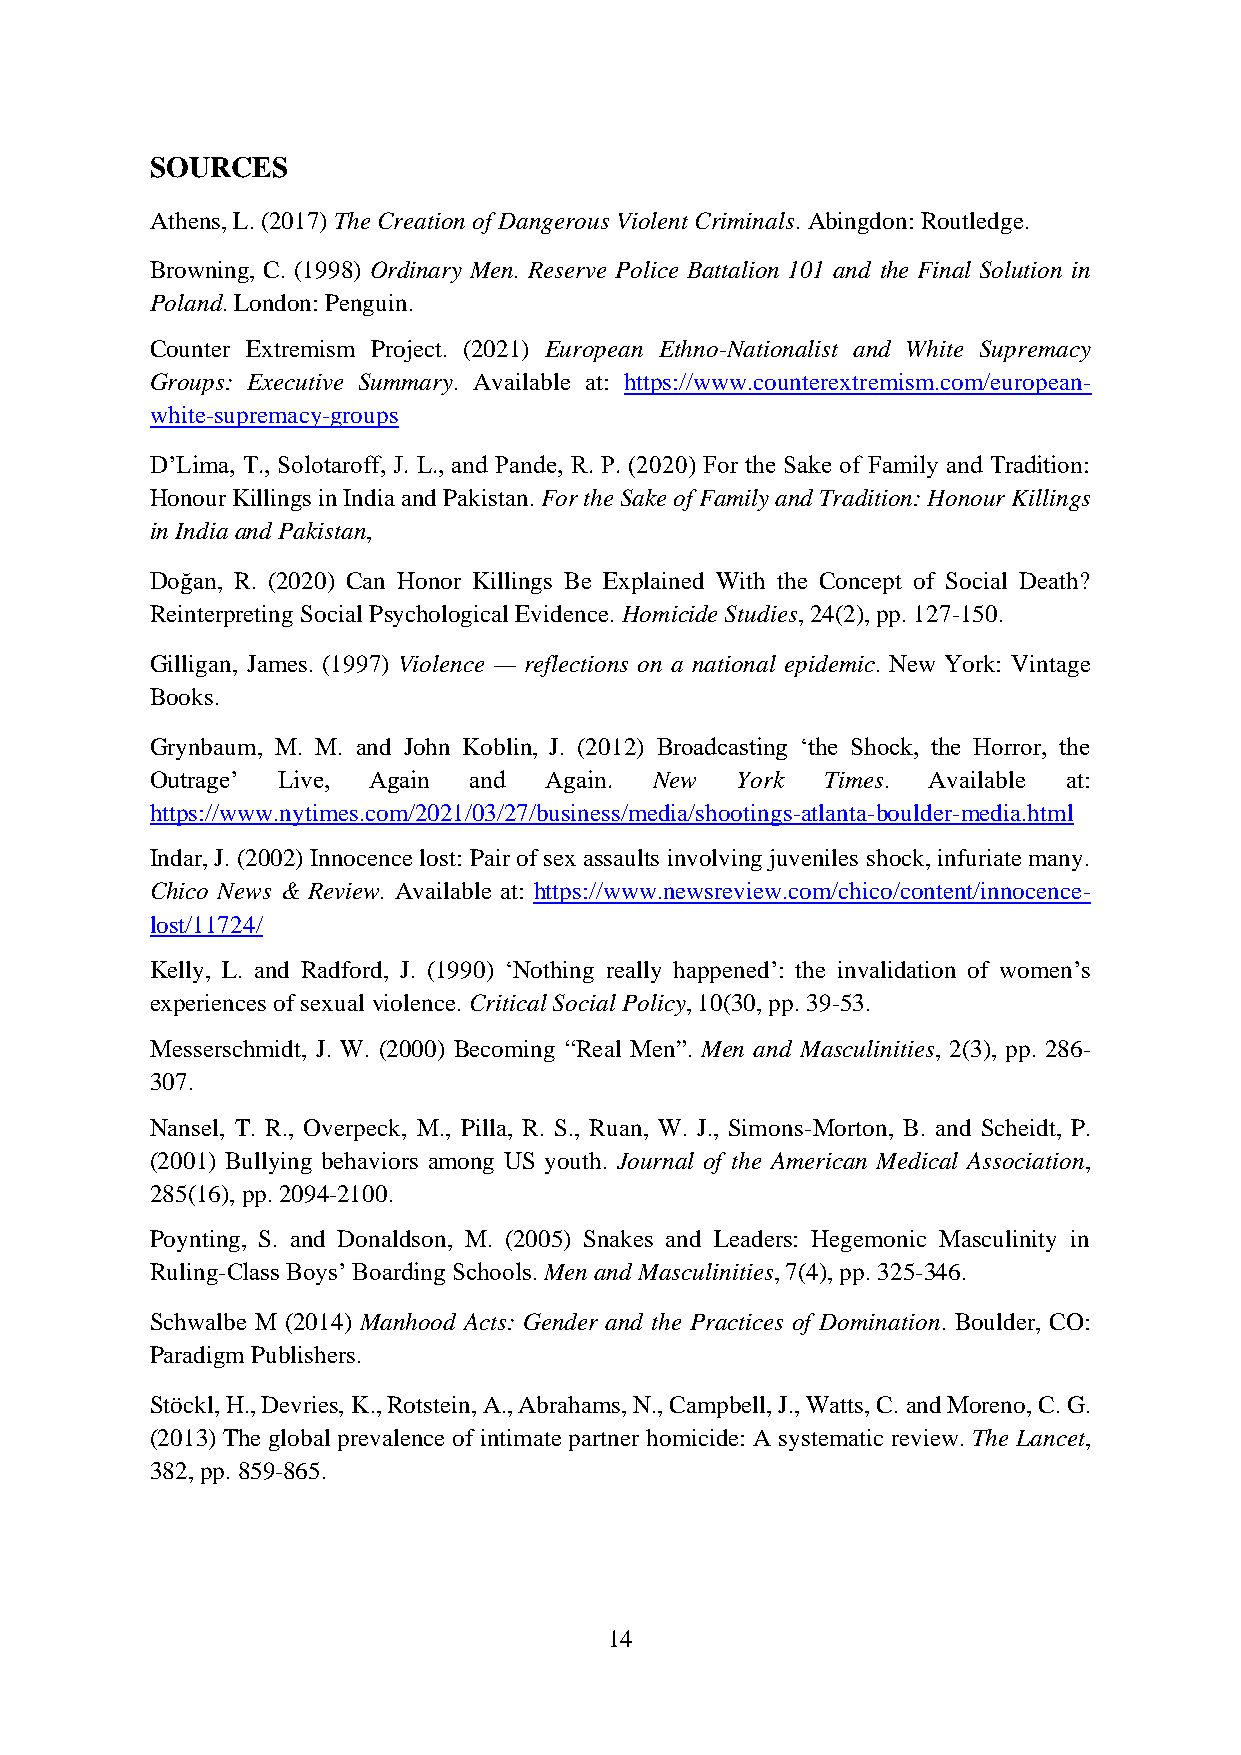
SOURCES
 Athens, L. (2017) The Creation of Dangerous Violent Criminals. Abingdon: Routledge.
 Browning, C. (1998) Ordinary Men. Reserve Police Battalion 101 and the Final Solution in
 Poland. London: Penguin.
 Counter Extremism Project. (2021) European Ethno-Nationalist and White Supremacy
 Groups: Executive Summary. Available at: https://www.counterextremism.com/european-
 white-supremacy-groups
 D’Lima, T., Solotaroff, J. L., and Pande, R. P. (2020) For the Sake of Family and Tradition:
 Honour Killings in India and Pakistan. For the Sake of Family and Tradition: Honour Killings
 in India and Pakistan,
 Doğan, R. (2020) Can Honor Killings Be Explained With the Concept of Social Death?
 Reinterpreting Social Psychological Evidence. Homicide Studies, 24(2), pp. 127-150.
 Gilligan, James. (1997) Violence — reflections on a national epidemic. New York: Vintage
 Books.
 Grynbaum, M. M. and John Koblin, J. (2012) Broadcasting ‘the Shock, the Horror, the
 Outrage’ Live, Again and  Again. New   York  Times. Available at:
 https://www.nytimes.com/2021/03/27/business/media/shootings-atlanta-boulder-media.html
 Indar, J. (2002) Innocence lost: Pair of sex assaults involving juveniles shock, infuriate many.
 Chico News & Review. Available at: https://www.newsreview.com/chico/content/innocence-
 lost/11724/
 Kelly, L. and Radford, J. (1990) ‘Nothing really happened’: the invalidation of women’s
 experiences of sexual violence. Critical Social Policy, 10(30, pp. 39-53.
 Messerschmidt, J. W. (2000) Becoming “Real Men”. Men and Masculinities, 2(3), pp. 286-
 307.
 Nansel, T. R., Overpeck, M., Pilla, R. S., Ruan, W. J., Simons-Morton, B. and Scheidt, P.
 (2001) Bullying behaviors among US youth. Journal of the American Medical Association,
 285(16), pp. 2094-2100.
 Poynting, S. and Donaldson, M. (2005) Snakes and Leaders: Hegemonic Masculinity in
 Ruling-Class Boys’ Boarding Schools. Men and Masculinities, 7(4), pp. 325-346.
 Schwalbe M (2014) Manhood Acts: Gender and the Practices of Domination. Boulder, CO:
 Paradigm Publishers.
 Stöckl, H., Devries, K., Rotstein, A., Abrahams, N., Campbell, J., Watts, C. and Moreno, C. G.
 (2013) The global prevalence of intimate partner homicide: A systematic review. The Lancet,
 382, pp. 859-865.
 14